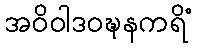
အဝိဝါဒဝဍ္ဎနကရိံ